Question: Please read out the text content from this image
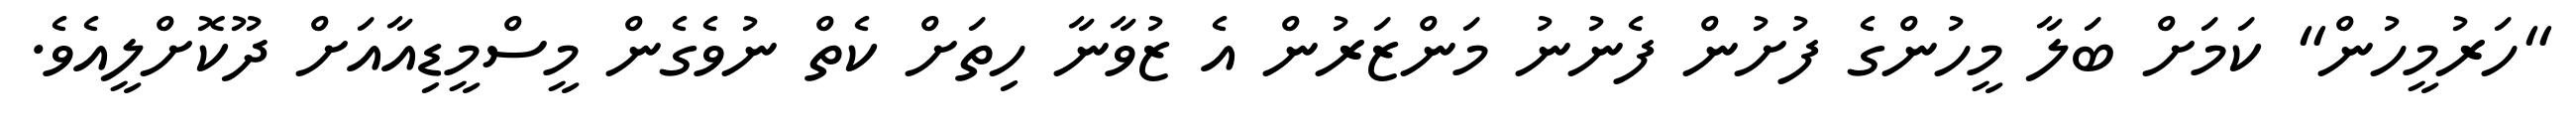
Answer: "ހަރުމީހުން" ކަމަށް ބަލާ މީހުންގެ ފުށުން ފެނުނު މަންޒަރުން އެ ޒުވާނާ ހިތަށް ކެތް ނުވެގެން މީސްމީޑިއާއަށް ދޫކޮށްލީއެވެ.